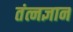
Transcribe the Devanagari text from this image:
तंत्नज्ञान